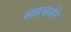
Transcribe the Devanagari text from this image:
साहचर्यानें